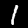
Label: 1